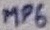
Text: C9